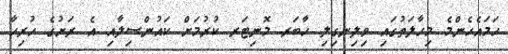
ހަމައެހެންމެ މިހާލަތުގައި ވިލިނގިލި ހާބަރ މޮނިޓަރ ކުރުމަށް ކައުންސިލާއި އެ ރަށުގެ ހުރިހާ